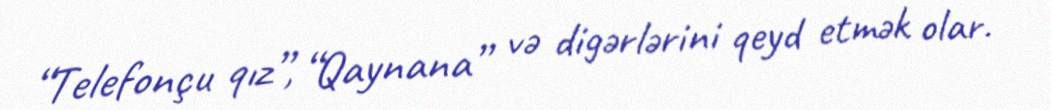
“Telefonçu qız”, “Qaynana” və digərlərini qeyd etmək olar.